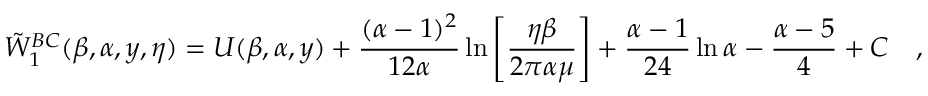
\tilde { W } _ { 1 } ^ { B C } ( \beta , \alpha , y , \eta ) = U ( \beta , \alpha , y ) + { \frac { ( \alpha - 1 ) ^ { 2 } } { 1 2 \alpha } } \ln \left[ { \frac { \eta \beta } { 2 \pi \alpha \mu } } \right] + { \frac { \alpha - 1 } { 2 4 } } \ln \alpha - { \frac { \alpha - 5 } { 4 } } + C ~ ~ ~ ,